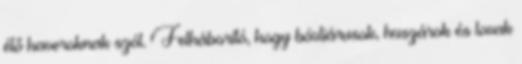
élő haveroknak szól. Felháborító, hogy bóvliárusok, huszárok és lovak